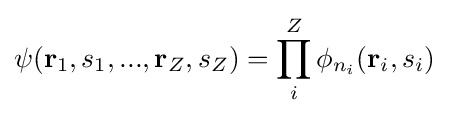
\psi (\mathbf {r} _{1},s_{1},...,\mathbf {r} _{Z},s_{Z})=\prod _{i}^{Z}\phi _{n_{i}}(\mathbf {r} _{i},s_{i})